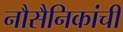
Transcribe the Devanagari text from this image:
नौसैनिकांची